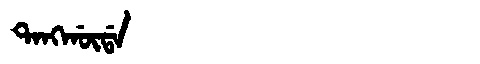
Manchu: ᡨᠠᠩᡤᡡᡩᠠ
Romanization: TANGGŪDA